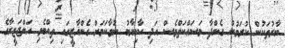
ބާރުތަކުން ކުރަމުން ގެންދާ މަސައްކަތްވެސް އަދި ކާމިޔާބު ނުވާކަމަށް ގެންޣާޒީގައި ތިއްބެވި އަލްޖަޒީރާގެ